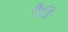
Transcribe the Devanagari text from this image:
नैतिः